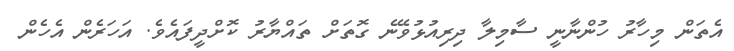
އެތަން މިހާރު ހުންނާނީ ސާމިލާ ދިރިއުޅުވޭނެ ގޮތަށް ތައްޔާރު ކޮށްދީފައެވެ. އަހަރެން އެހެން